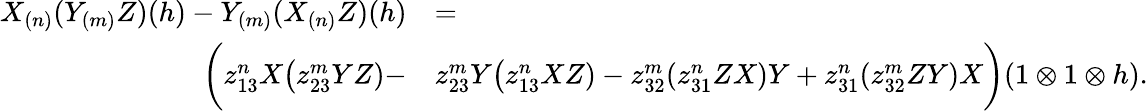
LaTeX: \begin{array}{rl}{X_{(n)}(Y_{(m)}Z)(h)-Y_{(m)}(X_{(n)}Z)(h)}&{=}\\ {\bigg(z_{13}^{n}X\big(z_{23}^{m}YZ)-}&{z_{23}^{m}Y\big(z_{13}^{n}XZ)-z_{32}^{m}(z_{31}^{n}ZX)Y+z_{31}^{n}(z_{32}^{m}ZY)X\bigg)(1\otimes 1\otimes h).}\end{array}